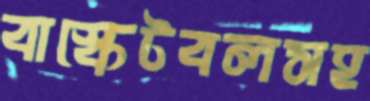
বাস্কেটবলসহ